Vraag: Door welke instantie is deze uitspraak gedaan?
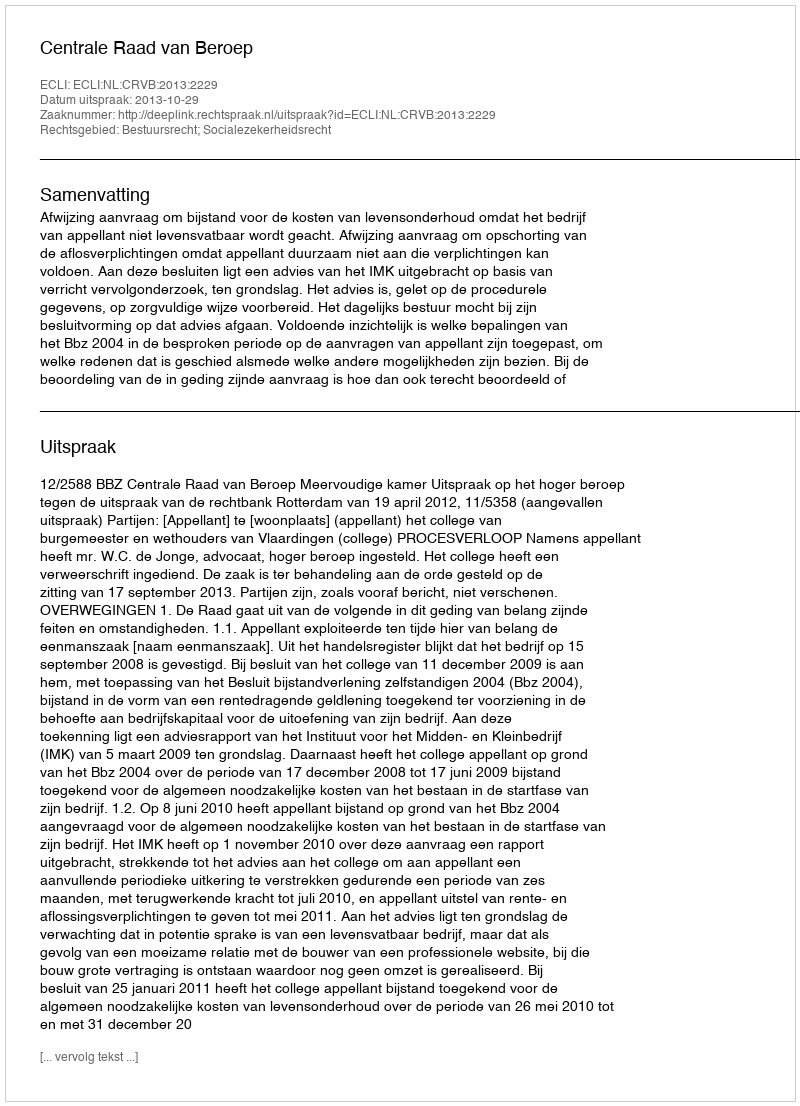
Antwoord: Centrale Raad van Beroep